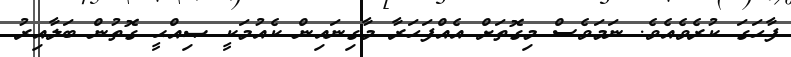
ފާހަގަ ކުރެވެއެވެ. ނަމަވެސް މިގޮތަށް އެއްފަހަރާ މާގިނައިން ކެއުމަކީ ޞިއްޙީ ގޮތުން ބަލާއިރު